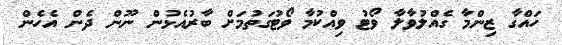
ހައްގާ ޒިންމާ ގެއްލުވާލާ ވޯޓު ވިއްކުމާ ވޯޓުގަތުމަށް ބާރުއެޅުން ނޫން ދެން އެހެން